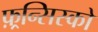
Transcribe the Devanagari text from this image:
फ़्रन्सिस्को